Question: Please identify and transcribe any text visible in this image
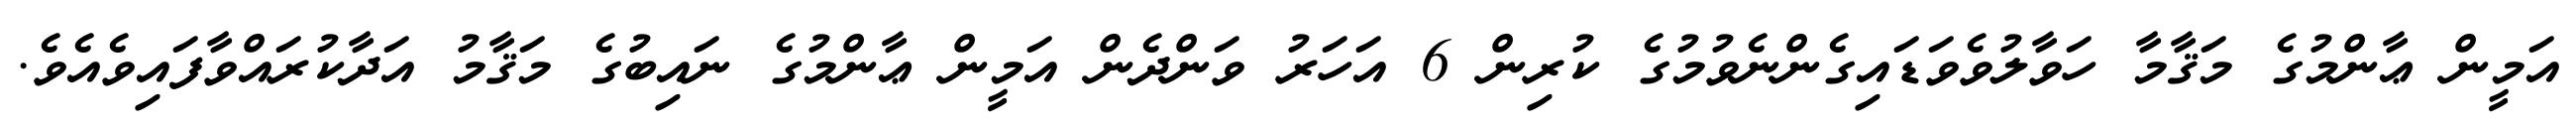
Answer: އަމީން ޢާންމުގެ މަޤާމާ ހަވާލުވެވަޑައިގެންނެވުމުގެ ކުރިން 6 އަހަރު ވަންދެން އަމީން ޢާންމުގެ ނައިބުގެ މަޤާމު އަދާކުރައްވާފައިވެއެވެ.